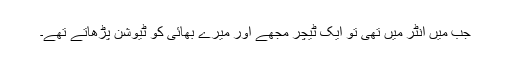
جب میں انٹر میں تھی تو ایک ٹیچر مجھے اور میرے بھائی کو ٹیوشن پڑھاتے تھے۔